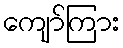
ကျော်ကြား